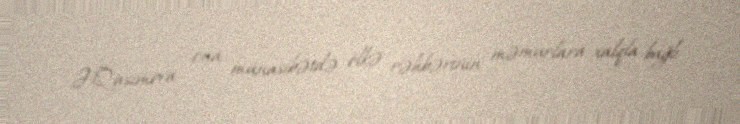
Ə.Qasımova ona münasibətdə ölkə rəhbərinin məmurlara xalqla bağlı